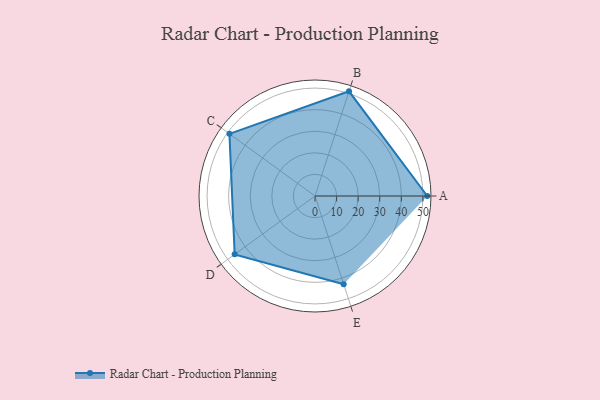
{"axis": {"x": "Skill", "y": "Score"}, "legend": ["Profile"], "data": [{"x": "A", "y": 52.0, "type": "Profile"}, {"x": "B", "y": 51.0, "type": "Profile"}, {"x": "C", "y": 49.0, "type": "Profile"}, {"x": "D", "y": 46.0, "type": "Profile"}, {"x": "E", "y": 43.0, "type": "Profile"}]}